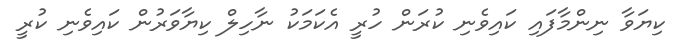
ކިޔަވާ ނިންމާފައި ކައިވެނި ކުރަން ހުރީ އެކަމަކު ނާހިލް ކިޔާވަރުން ކައިވެނި ކުރީ